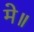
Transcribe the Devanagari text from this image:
मे॥